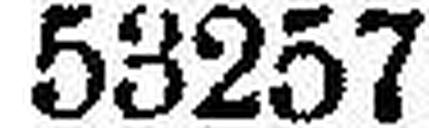
53257